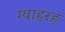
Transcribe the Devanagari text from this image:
ग्याहरह